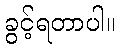
ခွင့်ရတာပါ။